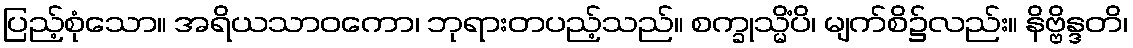
ပြည့်စုံသော။ အရိယသာဝကော၊ ဘုရားတပည့်သည်။ စက္ခုသ္မိံပိ၊ မျက်စိ၌လည်း။ နိဗ္ဗိန္ဒတိ၊